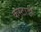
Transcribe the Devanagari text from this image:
कस्टाडी